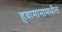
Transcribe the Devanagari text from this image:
हवामानामधील